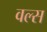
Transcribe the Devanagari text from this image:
वल्स